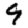
Digit: 9